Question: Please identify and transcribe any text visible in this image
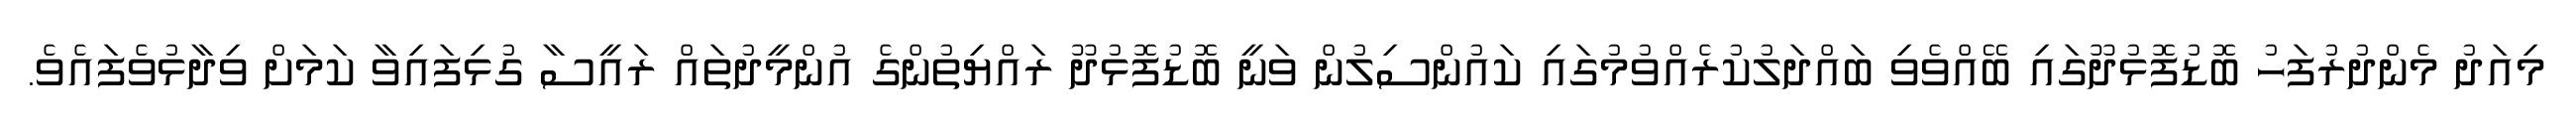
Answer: މިއަދު މެންދުރުފަހު ބޮޑުފޮޅުދޫގައި ބޭއްވެވި ބައްދަލުކުރެއްވުމުގައި ކައުންސިލުން ވަނީ ބޮޑުފޮޅުދޫ ރައްޔިތުންގެ އުންމީދުތައް ރައީސާ ގުޅިފައިވާ ކަމަށް ވިދާޅުވެފައެވެ.